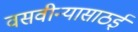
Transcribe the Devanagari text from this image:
वसवीन्यासाठई